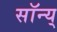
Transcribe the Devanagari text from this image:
सॉन्य्